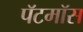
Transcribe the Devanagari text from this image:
पॅटमॉस